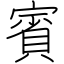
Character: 賓